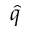
\hat { q }